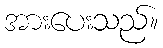
အားပေးသည်။